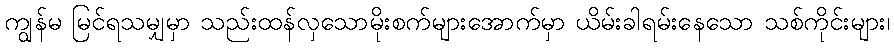
ကျွန်မ မြင်ရသမျှမှာ သည်းထန်လှသောမိုးစက်များအောက်မှာ ယိမ်းခါရမ်းနေသော သစ်ကိုင်းများ၊